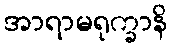
အာရာမရုက္ခာနိ